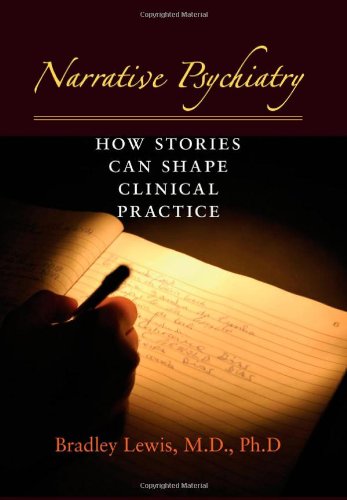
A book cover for Narrative Psychiatry: How Stories Can Shape Clinical Practice; Bradley Lewis; Medical Books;